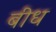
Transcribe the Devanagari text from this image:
बीध